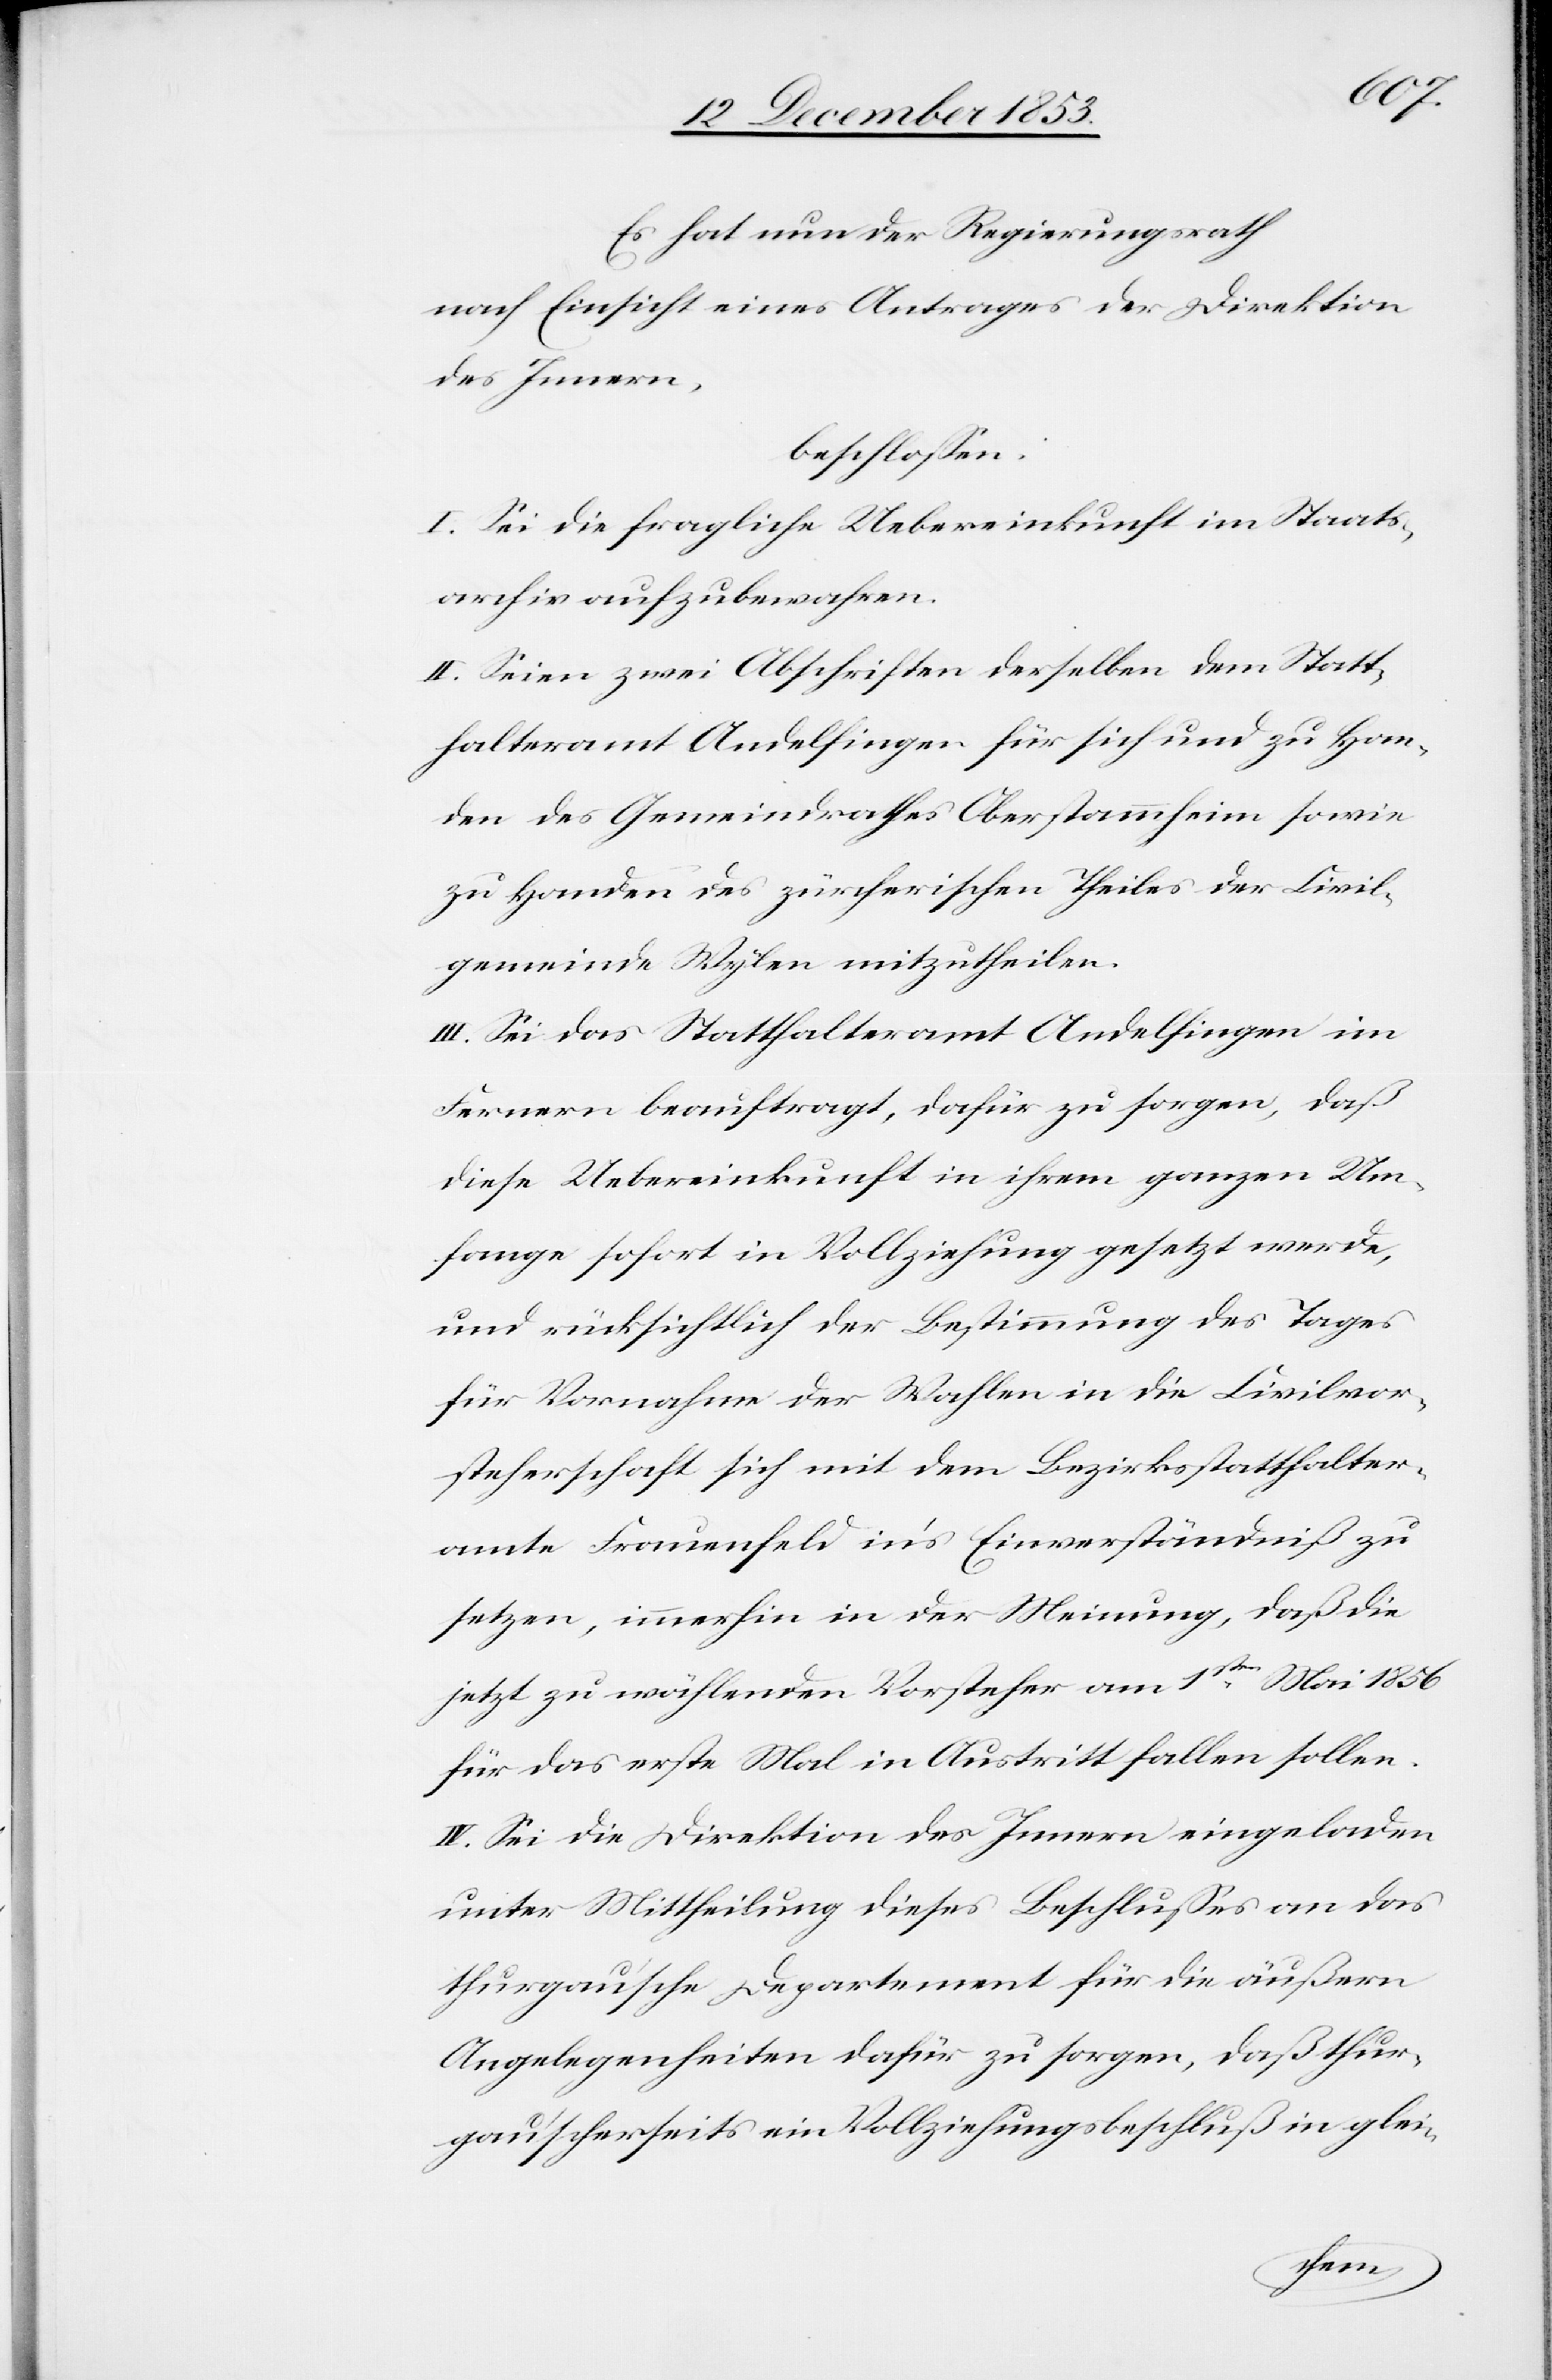
Es hat nun der Regierungsrath
nach Einsicht eines Antrages der Direktion
des Innern,
beschloßen:
I. Sei die fragliche Uebereinkunft im Staats¬
archiv aufzubewahren.
II. Seien zwei Abschriften derselben dem Statt¬
halteramt Andelfingen für sich und zu Han¬
den des Gemeindrathes Oberstammheim sowie
zu Handen des zürcherischen Theiles der Civil¬
gemeinde Wylen mitzutheilen.
III. Sei das Statthalteramt Andelfingen im
Fernern beauftragt, dafür zu sorgen, daß
diese Uebereinkunft in ihrem ganzen Um¬
fange sofort in Vollziehung gesetzt werde,
und rücksichtlich der Bestimmung des Tages
für Vornahme der Wahlen in die Civilvor¬
steherschaft sich mit dem Bezirksstatthalter¬
amte Frauenfeld in’s Einverständniß zu
setzen, immerhin in der Meinung, daß die
jetzt zu wählenden Vorsteher am 1sten Mai 1856
für das erste Mal in Austritt fallen sollen.
IV. Sei die Direktion des Innern eingeladen
unter Mittheilung dieses Beschlußes an das
thurgau’sche Departement für die äußern
Angelegenheiten dafür zu sorgen, daß thur¬
gau’scherseits ein Vollziehungsbeschluß in glei-